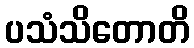
ပသံသိတောတိ